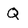
Character: Q